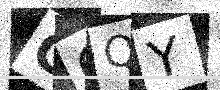
Text: GGQY